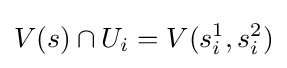
V(s)\cap U_{i}=V(s_{i}^{1},s_{i}^{2})